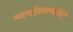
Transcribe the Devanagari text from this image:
भाषांतरणांचे